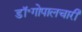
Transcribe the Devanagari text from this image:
डॉ॰गोपालचारी